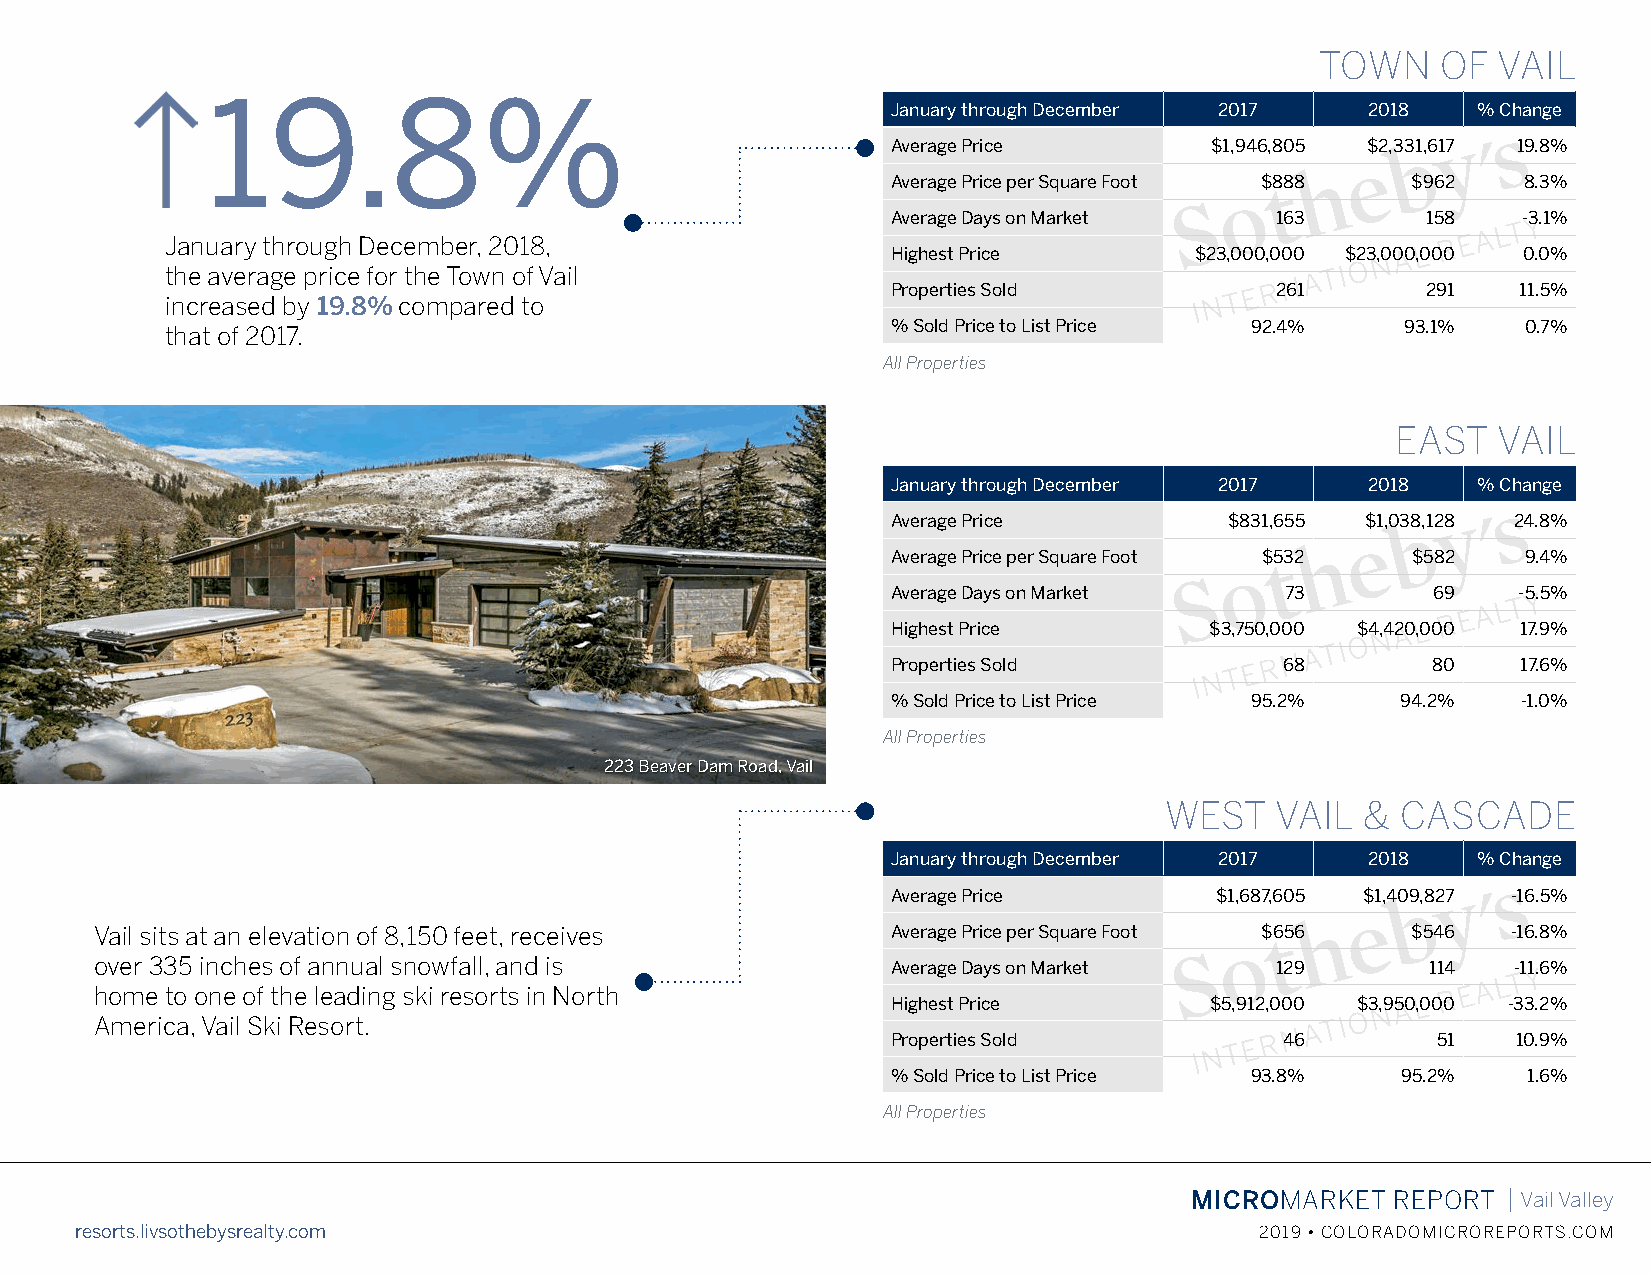
TOWN    OF  VAIL
 19.8%
 January through December 2017   2018   % Change
 Average Price        $1,946,805 $2,331,617 19.8%
 Average Price per Square Foot $888 $962   8.3%
 Average Days on Market   163       158    -3.1%
 January through December, 2018,
 Highest Price       $23,000,000 $23,000,000 0.0%
 the average price for the Town of Vail
 Properties Sold          261       291    11.5%
 increased by 19.8% compared to
 % Sold Price to List Price 92.4%  93.1%   0.7%
 that of 2017.
 All Properties
 705 Whiskey Ridge, Edwards
 EAST   VAIL
 January through December 2017   2018   % Change
 Average Price         $831,655 $1,038,128 24.8%
 Average Price per Square Foot $532 $582   9.4%
 Average Days on Market    73        69   -5.5%
 Highest Price        $3,750,000 $4,420,000 17.9%
 Properties Sold           68        80    17.6%
 % Sold Price to List Price 95.2%  94.2%   -1.0%
 All Properties
 223 Beaver Dam Road, Vail
 WEST   VAIL  &  CASCADE
 January through December 2017   2018   % Change
 Average Price        $1,687,605 $1,409,827 -16.5%
 Vail sits at an elevation of 8,150 feet, receives    Average Price per Square Foot $656 $546  -16.8%
 over 335 inches of annual snowfall, and is           Average Days on Market   129        114  -11.6%
 home to one of the leading ski resorts in North
 Highest Price        $5,912,000 $3,950,000 -33.2%
 America, Vail Ski Resort.
 Properties Sold           46        51   10.9%
 % Sold Price to List Price 93.8%  95.2%   1.6%
 All Properties
 MICROMARKET  REPORT  | Vail Valley
 resorts.livsothebysrealty.com                                                 2019 • COLORADOMICROREPORTS.COM